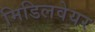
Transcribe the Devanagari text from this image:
मिडिलवेयर